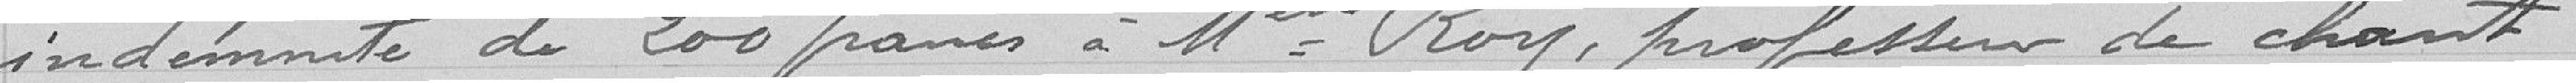
indemnité de 200 francs à Mademoiselle Roy, professeur de chant.